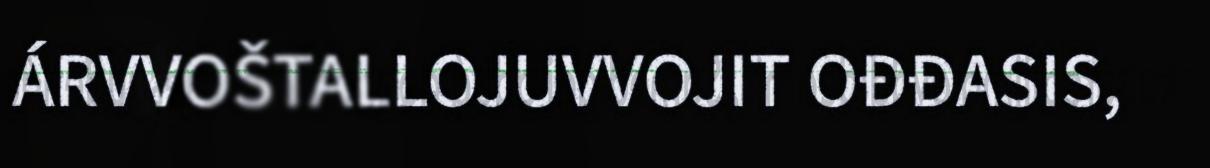
ÁRVVOŠTALLOJUVVOJIT OĐĐASIS,